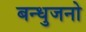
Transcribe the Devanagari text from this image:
बन्धुजनो